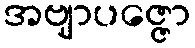
အဗျာပဇ္ဇော